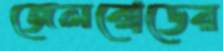
জেলরোডের